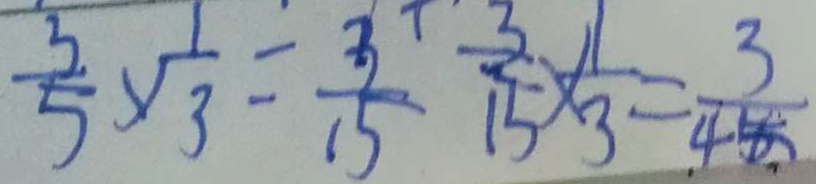
\frac { 3 } { 5 } \times \frac { 1 } { 3 } = \frac { 3 } { 1 5 } \frac { 3 } { 1 5 } \times \frac { 1 } { 3 } = \frac { 3 } { 4 5 }